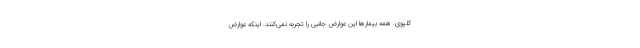
کلیوی. همه بیمار‌ها این عوارض جانبی را تجربه نمی‌کنند. اینکه عوارض